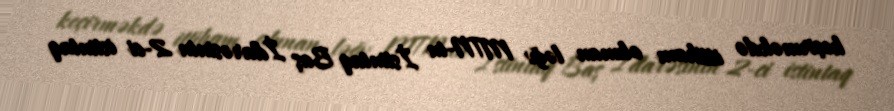
keçirməkdə ittiham olunan ləğv MTN-in İstintaq Baş İdarəsinin 2-ci istintaq